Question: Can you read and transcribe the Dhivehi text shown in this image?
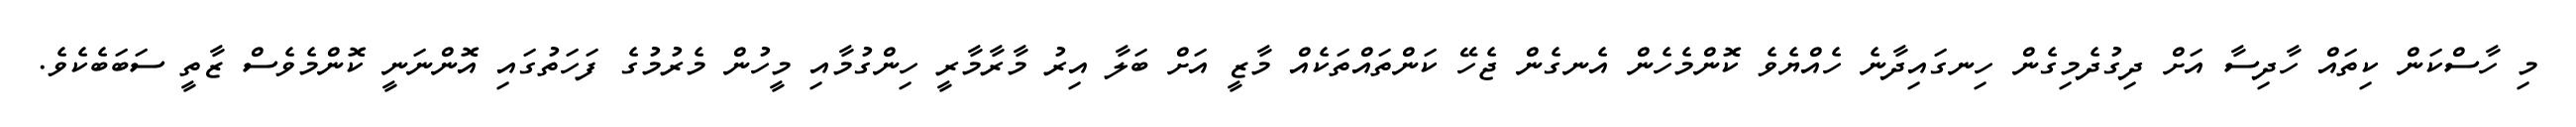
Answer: މި ހާސްކަން ކިތައް ހާދިސާ އަށް ދިގުދެމިގެން ހިނގައިދާނެ ހެއްޔެވެ ކޮންމެހެން އެނގެން ޖެހޭ ކަންތައްތަކެއް މާޒީ އަށް ބަލާ އިރު މާރާމާރީ ހިންގުމާއި މީހުން މެރުމުގެ ފަހަތުގައި އޮންނަނީ ކޮންމެވެސް ޒާތީ ސަބަބެކެވެ.